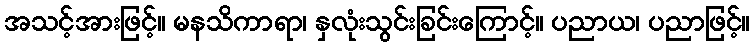
အသင့်အားဖြင့်။ မနသိကာရာ၊ နှလုံးသွင်းခြင်းကြောင့်။ ပညာယ၊ ပညာဖြင့်။